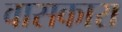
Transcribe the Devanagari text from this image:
वासकारा